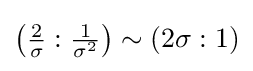
\left({\tfrac {2}{\sigma }}:{\tfrac {1}{\sigma ^{2}}}\right)\sim (2\sigma :1)